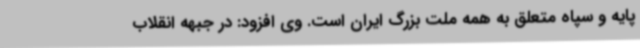
پایه و سپاه متعلق به همه ملت بزرگ ایران است. وی افزود: در جبهه انقلاب